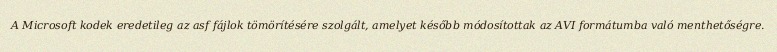
A Microsoft kodek eredetileg az asf fájlok tömörítésére szolgált, amelyet később módosítottak az AVI formátumba való menthetőségre.